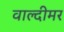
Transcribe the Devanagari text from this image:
वाल्दीमर